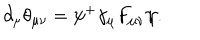
\partial _ { \mu } \theta _ { \mu \nu } = \psi ^ { + } \gamma _ { \mu } F _ { \mu \nu } \psi .